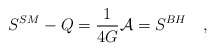
\begin{align*}S^{SM}-Q={1 \over 4G}{\cal A}=S^{BH}~~~,\end{align*}